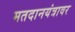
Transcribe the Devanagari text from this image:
मतदानयंत्रावर